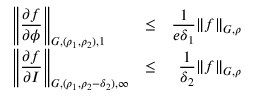
\begin{array} { l l r } { \displaystyle \left\| \frac { \partial f } { \partial \phi } \right\| _ { G , ( \rho _ { 1 } , \rho _ { 2 } ) , 1 } } & { \leq } & { \displaystyle \frac { 1 } { e \delta _ { 1 } } \| f \| _ { G , \rho } } \\ { \displaystyle \left\| \frac { \partial f } { \partial I } \right\| _ { G , ( \rho _ { 1 } , \rho _ { 2 } - \delta _ { 2 } ) , \infty } } & { \leq } & { \displaystyle \frac { 1 } { \delta _ { 2 } } \| f \| _ { G , \rho } } \end{array}